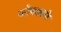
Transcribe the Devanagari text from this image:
कोंबड्याने